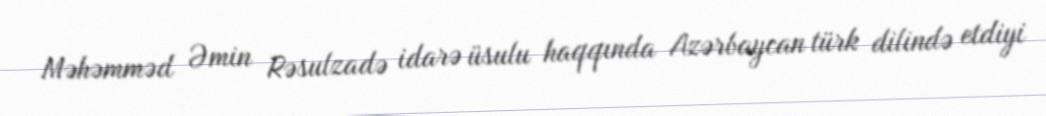
Məhəmməd Əmin Rəsulzadə idarə üsulu haqqında Azərbaycan türk dilində etdiyi